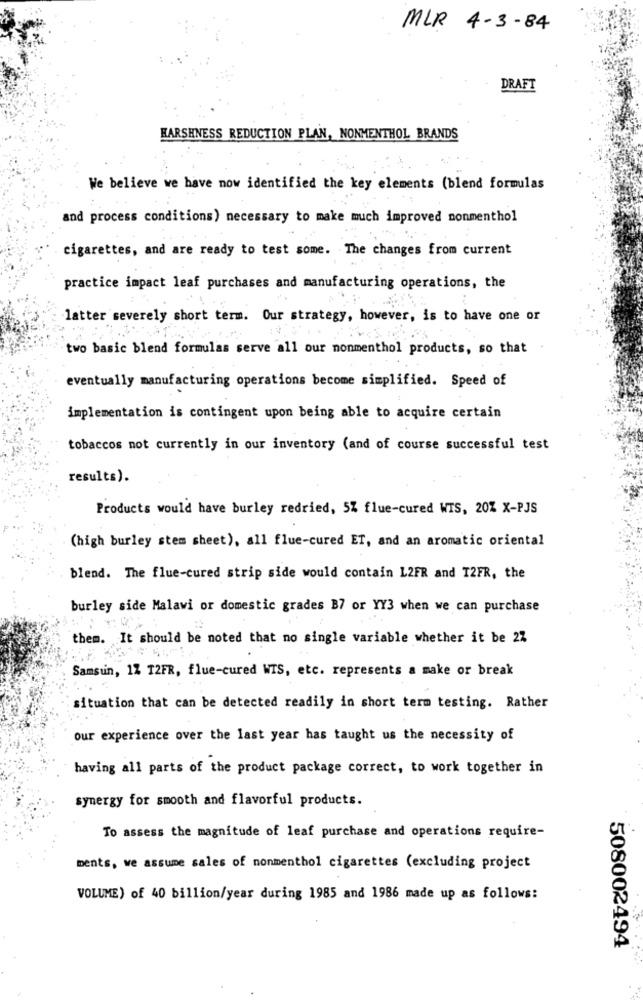
MLR 4-3-84
DRAFT
HARSHNESS REDUCTION PLAN, NONMENTHOL BRANDS
We believe we have now identified the key elements (blend formulas
and process conditions) necessary to make much improved nonmenthol
cigarettes, and are ready to test some. The changes from current
practice impact leaf purchases and manufacturing operations, the
latter severely short term. Our strategy, however, is to have one or
two basic blend formulas serve all our nonmenthol products, so that
eventually manufacturing operations become simplified. Speed of
implementation is contingent upon being able to acquire certain
tobaccos not currently in our inventory (and of course successful test
results).
Products would have burley redried, 5% flue-cured WIS, 20% X-PJS
(high burley stem sheet), all flue-cured ET, and an aromatic oriental
blend. The flue-cured strip side would contain L2FR and T2FR, the
burley side Malawi or domestic grades B7 or YY3 when we can purchase
them. It should be noted that no single variable whether it be 27
Samsun, 12 12FR, flue-cured WIS, etc. represents a make or break
situation that can be detected readily in short term testing. Rather
our experience over the last year has taught us the necessity of
having all parts of the product package correct, to work together in
synergy for smooth and flavorful products.
To assess the magnitude of leaf purchase and operations require-
ments, we assume sales of nonmenthol cigarettes (excluding project
VOLUME) of 40 billion/year during 1985 and 1986 made up as follows:
508002494